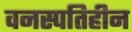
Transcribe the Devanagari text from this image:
वनस्पतिहीन